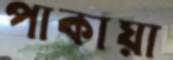
পাকায়া